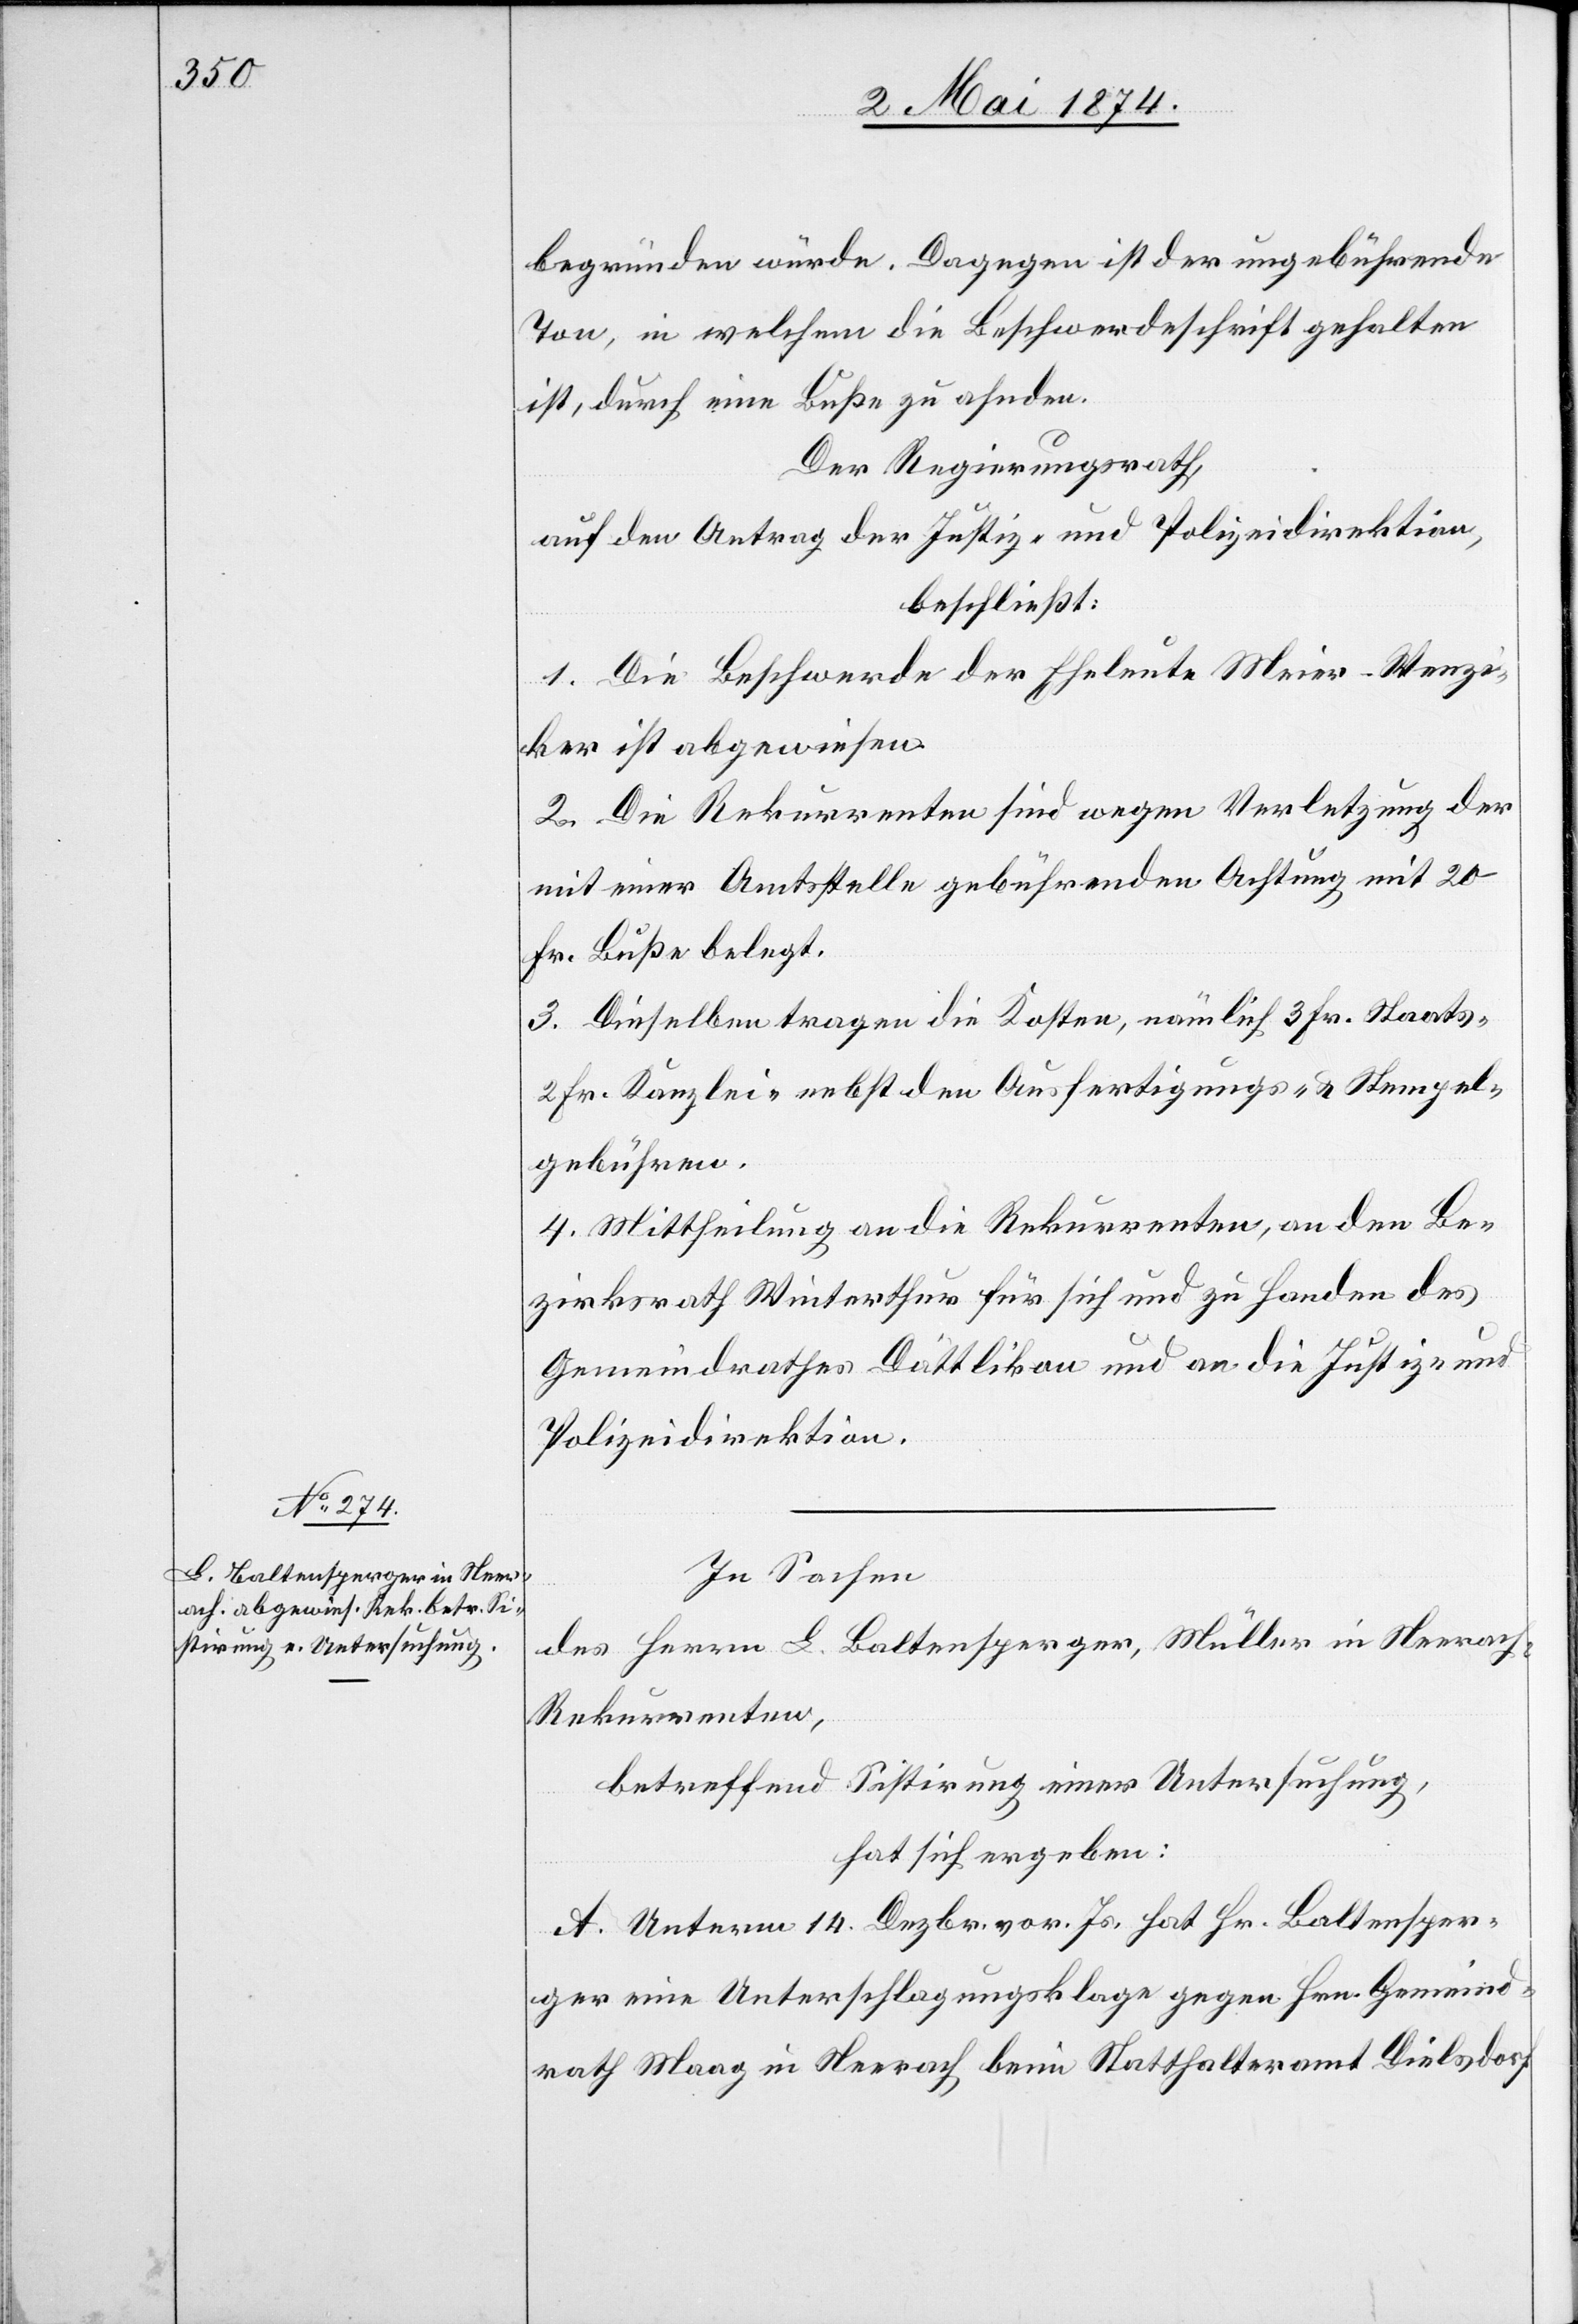
begründen würde. Dagegen ist der ungebührende
Ton, in welchem die Beschwerdeschrift gehalten
ist, durch eine Buße zu ahnden.
Der Regierungsrath,
auf den Antrag der Justiz- und Polizeidirektion,
beschließt:
1. Die Beschwerde der Eheleute Meier-Wenzi¬
ker ist abgewiesen.
2. Die Rekurrenten sind wegen Verletzung der
mit einer Amtsstelle gebührenden Achtung mit 20
Fr. Buße belegt.
3. Dieselben tragen die Kosten, nämlich 3 Fr. Staats-[,]
2 Fr. Kanzlei- nebst den Ausfertigungs- u. Stempel¬
gebühren.
4. Mittheilung an die Rekurrenten, an den Be¬
zirksrath Winterthur für sich und zu Handen des
Gemeindrathes Dättlikon und an die Justiz- und
Polizeidirektion.
In Sachen
des Herrn L. Baltensperger, Müller in Neerach,
Rekurrenten,
betreffend Sistirung einer Untersuchung,
hat sich ergeben:
A. Unterm 14. Dezbr. vor. Js. hat Hr. Baltensper¬
ger eine Unterschlagungsklage gegen Hrn. Gemeind¬
rath Maag in Neerach beim Statthalteramt Dielsdorf